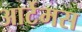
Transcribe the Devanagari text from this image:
आर्टेमस